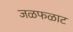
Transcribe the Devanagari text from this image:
जळफळाट